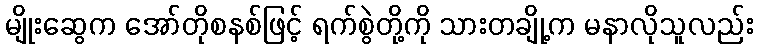
မျိုးဆွေက အော်တိုစနစ်ဖြင့် ရက်စွဲတို့ကို သားတချို့က မနာလိုသူလည်း